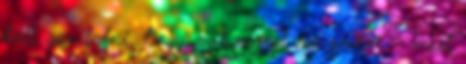
kell gondolni, hogy mit mond az ember - mert